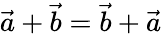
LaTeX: {\vec{a}}+{\vec{b}}={\vec{b}}+{\vec{a}}